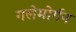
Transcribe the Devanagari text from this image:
गलेमोर्गन